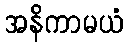
အနိကာမယံ